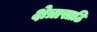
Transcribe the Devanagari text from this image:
क्षेत्रासाठि